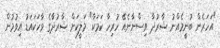
"އަހަރެން ބުނީމެއްނު ޝާރުދާ ވިސްނާނެއޭ ހުރިހާ ކަމަކާ" މަލީކަށް ޝާރުދާގެ ވާހަކައަޑު އިވުމުން